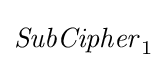
{\mathit {SubCipher}}_{1}